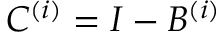
C ^ { ( i ) } = I - B ^ { ( i ) }